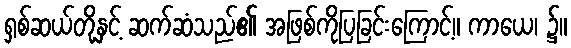
ရှစ်ဆယ်တို့နှင့် ဆက်ဆံသည်၏ အဖြစ်ကိုပြခြင်းကြောင့်။ ကာယေ၊ ၌။